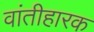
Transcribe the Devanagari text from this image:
वांतीहारक